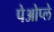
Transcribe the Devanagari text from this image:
पेओप्ले